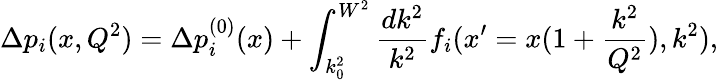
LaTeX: \Delta p_{i}(x,Q^{2})=\Delta p_{i}^{(0)}(x)+\int_{k_{0}^{2}}^{W^{2}}{\frac{dk^{2}}{k^{2}}}f_{i}(x^{\prime}=x(1+{\frac{k^{2}}{Q^{2}}}),k^{2}),